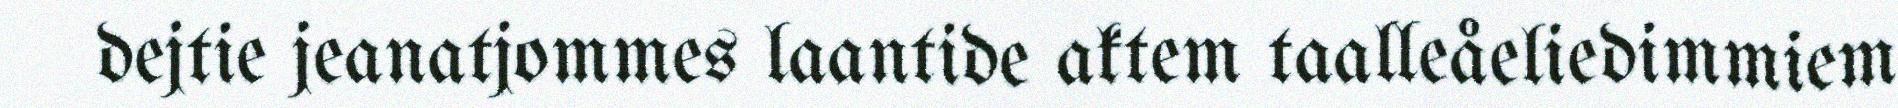
dejtie jeanatjommes laantide aktem taalleåeliedimmiem